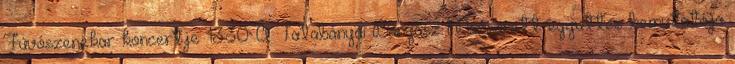
Fúvószenekar koncertje 13:30 A Tatabányai Bányász Mazsorett együttes bemutatója